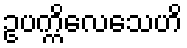
ဥပက္ကိလေသေဟိ